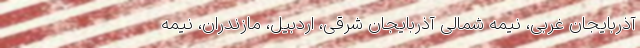
آذربایجان غربی، نیمه شمالی آذربایجان شرقی، اردبیل، مازندران، نیمه